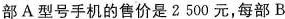
部A型号手机的售价是2500元，每部B